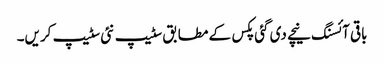
باقی آئسنگ نیچے دی گئی پکس کے مطابق سٹیپ نئی سٹیپ کریں۔